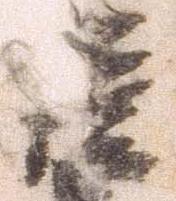
謹